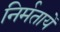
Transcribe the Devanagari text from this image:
निर्मतायें